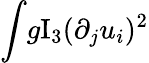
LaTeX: \int\! g\mathrm{I}_{3}(\partial_{j}u_{i})^{2}